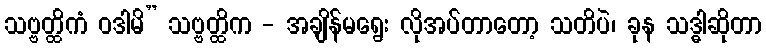
သဗ္ဗတ္ထိကံ ဝဒါမိ” သဗ္ဗတ္ထိက - အချိန်မရွေး လိုအပ်တာတော့ သတိပဲ၊ ခုန သဒ္ဓါဆိုတာ